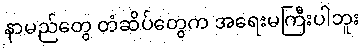
နာမည်တွေ တံဆိပ်တွေက အရေးမကြီးပါဘူး